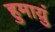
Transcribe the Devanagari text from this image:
हुमाय़ुं